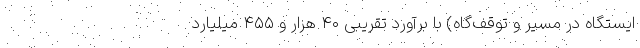
ایستگاه در مسیر و توقف‌گاه) با برآورد تقریبی ۴۰ هزار و ۴۵۵ میلیارد